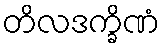
တိလဒက္ခိဏံ